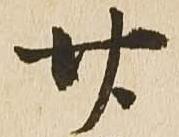
廿